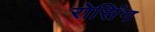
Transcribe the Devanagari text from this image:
रोसिंग